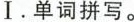
Ⅰ.单词拼写。